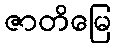
ဇာတိမြေ